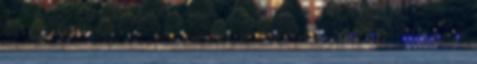
VÁGOTT Külső és belső felületek mediterrán díszítő burkolására és